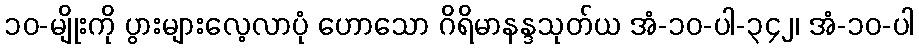
၁၀-မျိုးကို ပွားများလေ့လာပုံ ဟောသော ဂိရိမာနန္ဒသုတ်ယ အံ-၁၀-ပါ-၃၄၂၊ အံ-၁၀-ပါ